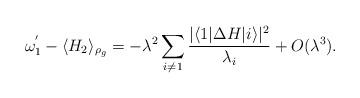
LaTeX: \begin{align*}\omega_1^{'}-\langle H_2\rangle_{\rho_g}=-\lambda^2\sum_{i\neq1}\frac{|\langle1|\Delta H|i\rangle|^2}{\lambda_i}+O(\lambda^3).\end{align*}